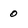
Character: 0